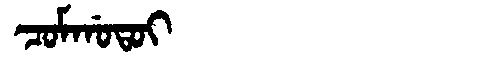
Manchu: ᠴᠣᠮᡤᠣᡨᠣᡳ
Romanization: COMGOTOI